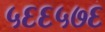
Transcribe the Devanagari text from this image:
५६६५७६